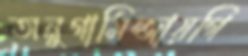
অনুগামিন্জায়গি